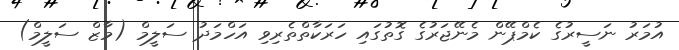
އުމަރު ނަސީރުގެ ކެމްޕޭން މެނޭޖަރުގެ ގޮތުގަައި ހަރަކާތްތެރިވި އަހްމަދު ސަލީމް (މާޒް ސަލީމް)